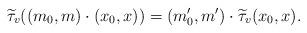
LaTeX: \begin{align*}\widetilde{\tau}_v ( (m_0,m) \cdot (x_0,x))=(m_0',m') \cdot \widetilde{\tau}_v (x_0,x ).\end{align*}